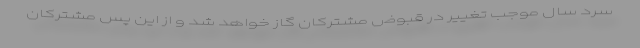
سرد سال موجب تغییر در قبوض مشترکان گاز خواهد شد و از این پس مشترکان